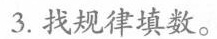
3. 找规律填数。